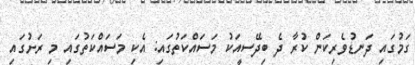
ގަމުގައި ދަނޑުވެރިކަން ކުރާ ދެ ބިދޭސީއަކު މަސައްކަތުގައި: އެކި މަސައްކަތުގައި މި ރަށުގައި